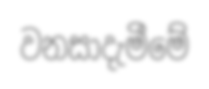
වනසාදැමීමේ